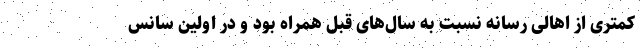
کمتری از اهالی رسانه نسبت به سال‌های قبل همراه بود و در اولین سانس